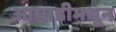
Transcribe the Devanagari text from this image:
आघाडीमधून